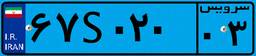
۵۳S۲۱۲۸۳